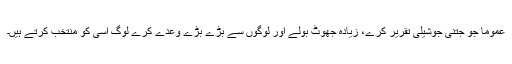
عموما جو جتنی جوشیلی تقریر کرے، زیادہ جھوٹ بولے اور لوگوں سے بڑے بڑے وعدے کرے لوگ اسی کو منتخب کرتے ہیں۔